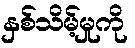
နှစ်သိမ့်မှုကို